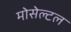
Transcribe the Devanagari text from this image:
मोसेल्टल